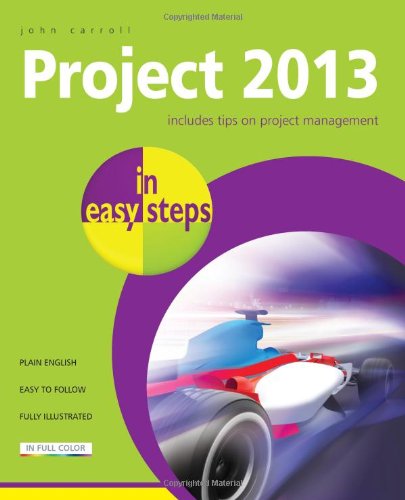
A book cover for Project 2013 in Easy Steps; John Carroll; Computers & Technology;